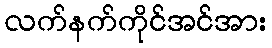
လက်နက်ကိုင်အင်အား